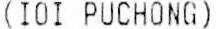
(IOI PUCHONG)